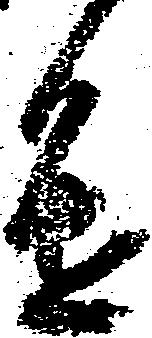
進